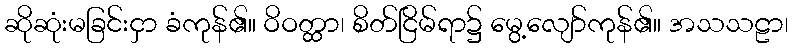
ဆိုဆုံးမခြင်းငှာ ခံကုန်၏။ ဝိဝတ္ထာ၊ စိတ်ငြိမ်ရာ၌ မွေ့လျော်ကုန်၏။ အသသဠာ၊